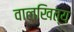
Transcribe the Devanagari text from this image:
वालखित्य